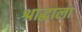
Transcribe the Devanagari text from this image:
श्राद्धाला